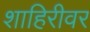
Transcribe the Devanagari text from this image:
शाहिरीवर